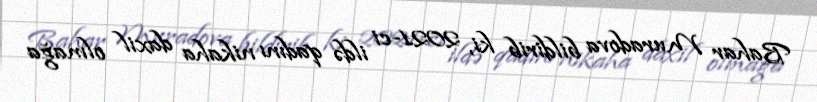
Bahar Muradova bildirib ki, 2021-ci ildə qadını nikaha daxil olmağa